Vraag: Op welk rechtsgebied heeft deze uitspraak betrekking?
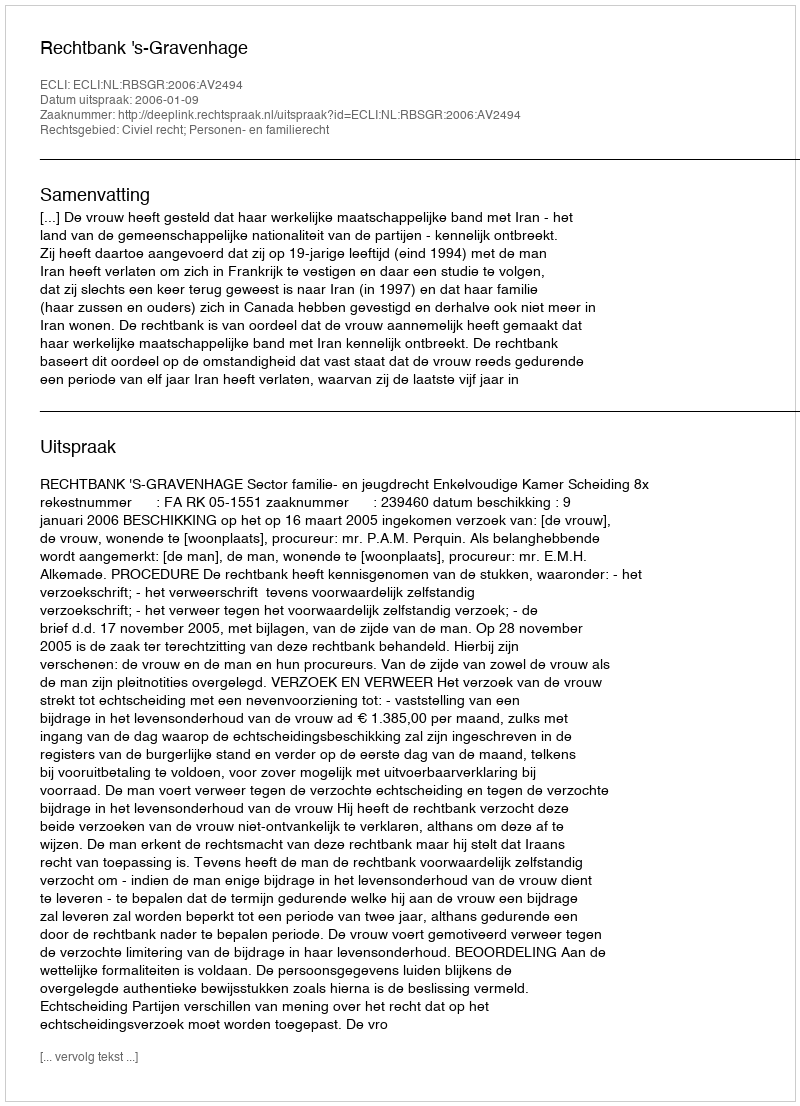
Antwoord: Civiel recht; Personen- en familierecht